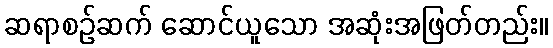
ဆရာစဉ်ဆက် ဆောင်ယူသော အဆုံးအဖြတ်တည်း။